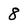
Character: 8